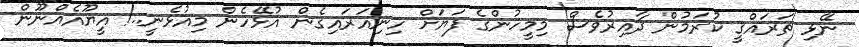
ނޭޅި ތަރައްގީ ކުރަމުން ދާއިރުވެސް މިމީހުންގެ ފަޔަށް ހިނިއަރައިގެން އުޅޭހެން މިއުޅެނީ..! އީޔޫއެއްނޫން